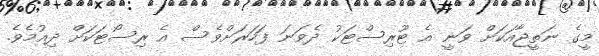
މީގެ ނަތީޖާއަކަށް ވަނީ އެ ޓޫރިސްޓަކު ދެވަނަ ފަހަރަށްވެސް އެ ރިސޯޓަކަށް ދިއުމެވެ.